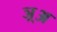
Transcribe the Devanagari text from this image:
ञ़्अ